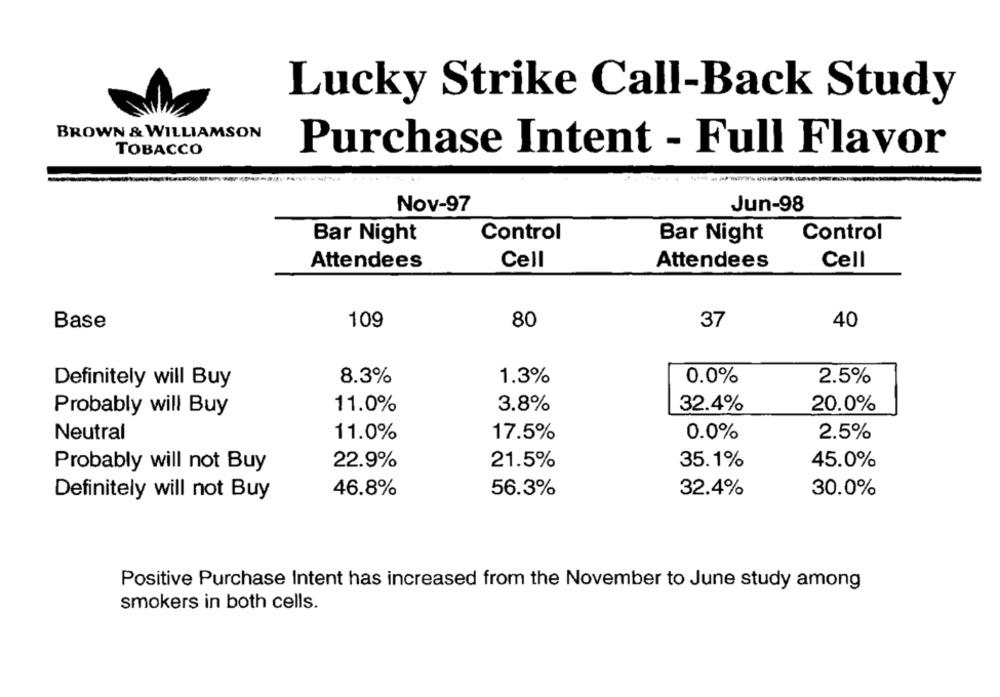
Lucky Strike Call-Back Study
BROWN & WILLIAMSON
TOBACCO
Purchase Intent - Full Flavor
--
Nov-97
Jun-98
Control
Control
Bar Night
Bar Night
Attendees
Cell
Attendees
Cell
Base
109
80
37
40
Definitely will Buy
8.3%
1.3%
0.0%
2.5%
Probably will Buy
11.0%
3.8%
32.4%
20.0%
Neutral
11.0%
17.5%
0.0%
2.5%
Probably will not Buy
22.9%
21.5%
35.1%
45.0%
Definitely will not Buy
46.8%
56.3%
32.4%
30.0%
Positive Purchase Intent has increased from the November to June study among
smokers in both cells.